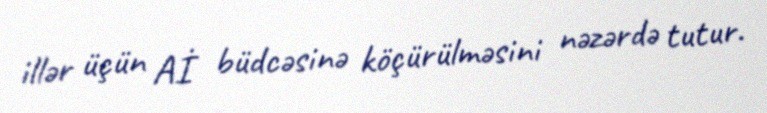
illər üçün Aİ büdcəsinə köçürülməsini nəzərdə tutur.